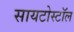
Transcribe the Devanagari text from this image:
सायटोस्टॉल